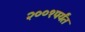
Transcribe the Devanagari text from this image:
२००१पर्यंत